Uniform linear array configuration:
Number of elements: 8
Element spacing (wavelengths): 0.25
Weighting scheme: kaiser
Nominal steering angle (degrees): -30
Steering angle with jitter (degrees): -28.853
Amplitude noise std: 0.05
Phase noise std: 0.05

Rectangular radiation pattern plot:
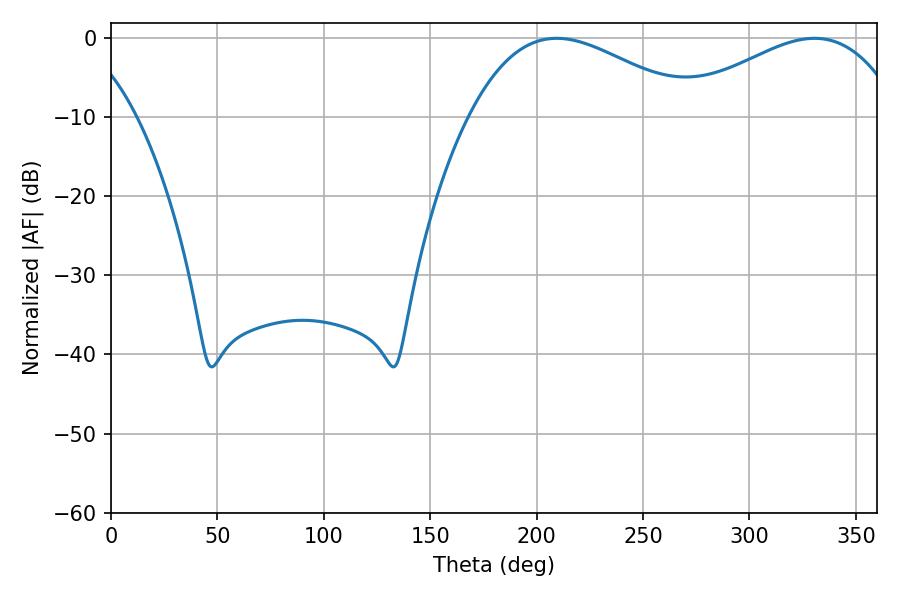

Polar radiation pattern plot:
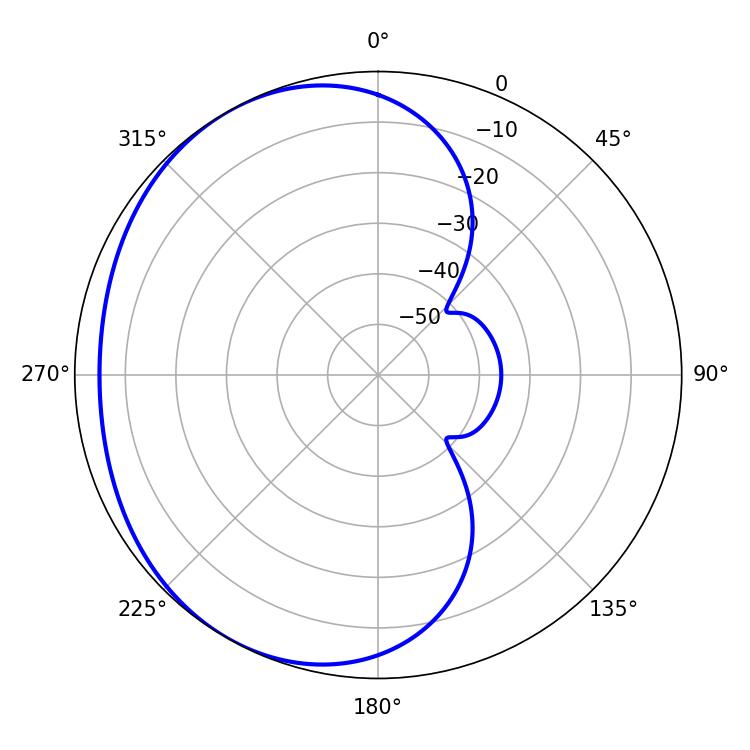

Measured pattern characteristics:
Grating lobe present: FALSE
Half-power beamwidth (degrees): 57.78
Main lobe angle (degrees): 209.34